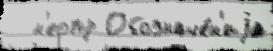
  н'еопр Обозначе́н'иjа